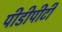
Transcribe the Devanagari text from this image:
पीडीपीटी